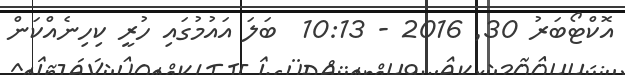
އޮކްޓޯބަރު 30